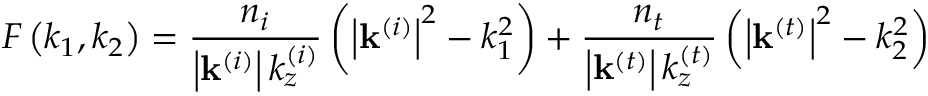
F \left( k _ { 1 } , k _ { 2 } \right) = \frac { n _ { i } } { \left\vert \mathbf { k } ^ { \left( i \right) } \right\vert k _ { z } ^ { \left( i \right) } } \left( \left\vert \mathbf { k } ^ { \left( i \right) } \right\vert ^ { 2 } - k _ { 1 } ^ { 2 } \right) + \frac { n _ { t } } { \left\vert \mathbf { k } ^ { \left( t \right) } \right\vert k _ { z } ^ { \left( t \right) } } \left( \left\vert \mathbf { k } ^ { \left( t \right) } \right\vert ^ { 2 } - k _ { 2 } ^ { 2 } \right)